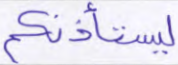
ليستأذنكم